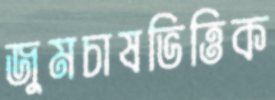
জুমচাষভিত্তিক